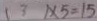
( 3 ) \times 5 = 1 5